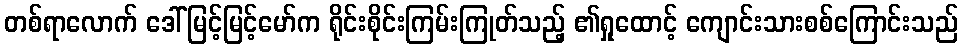
တစ်ရာလောက် ဒေါ်မြင့်မြင့်မော်က ရိုင်းစိုင်းကြမ်းကြုတ်သည့် ၏ရှုထောင့် ကျောင်းသားစစ်ကြောင်းသည်